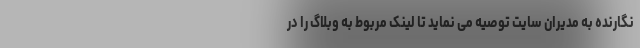
نگارنده به مدیران سایت توصیه می نماید تا لینک مربوط به وبلاگ را در